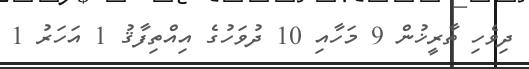
ދިވެހި ތާރީޚުން 9 މަހާއި 10 ދުވަހުގެ އިއްތިފާޤު 1 އަހަރު 1